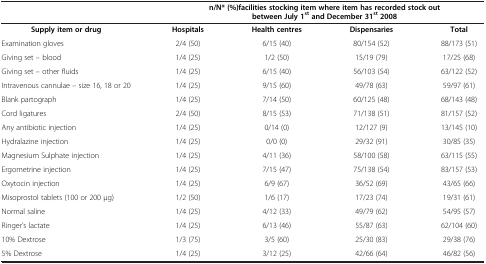
<table><thead><tr><td><b> </b></td><td colspan="4"><b>n/N* (%)facilities stocking item where item has recorded stock out between July 1<sup>st </sup>and December 31<sup>st </sup>2008</b></td></tr></thead><tbody><tr><td><b>Supply item or drug</b></td><td><b>Hospitals</b></td><td><b>Health centres</b></td><td><b>Dispensaries</b></td><td><b>Total</b></td></tr><tr><td>Examination gloves</td><td>2/4 (50)</td><td>6/15 (40)</td><td>80/154 (52)</td><td>88/173 (51)</td></tr><tr><td>Giving set – blood</td><td>1/4 (25)</td><td>1/2 (50)</td><td>15/19 (79)</td><td>17/25 (68)</td></tr><tr><td>Giving set – other fluids</td><td>1/4 (25)</td><td>6/15 (40)</td><td>56/103 (54)</td><td>63/122 (52)</td></tr><tr><td>Intravenous cannulae – size 16, 18 or 20</td><td>1/4 (25)</td><td>9/15 (60)</td><td>49/78 (63)</td><td>59/97 (61)</td></tr><tr><td>Blank partograph</td><td>1/4 (25)</td><td>7/14 (50)</td><td>60/125 (48)</td><td>68/143 (48)</td></tr><tr><td>Cord ligatures</td><td>2/4 (50)</td><td>8/15 (53)</td><td>71/138 (51)</td><td>81/157 (52)</td></tr><tr><td>Any antibiotic injection</td><td>1/4 (25)</td><td>0/14 (0)</td><td>12/127 (9)</td><td>13/145 (10)</td></tr><tr><td>Hydralazine injection</td><td>1/4 (25)</td><td>0/0 (0)</td><td>29/32 (91)</td><td>30/85 (35)</td></tr><tr><td>Magnesium Sulphate injection</td><td>1/4 (25)</td><td>4/11 (36)</td><td>58/100 (58)</td><td>63/115 (55)</td></tr><tr><td>Ergometrine injection</td><td>1/4 (25)</td><td>7/15 (47)</td><td>75/138 (54)</td><td>83/157 (53)</td></tr><tr><td>Oxytocin injection</td><td>1/4 (25)</td><td>6/9 (67)</td><td>36/52 (69)</td><td>43/65 (66)</td></tr><tr><td>Misoprostol tablets (100 or 200 μg)</td><td>1/2 (50)</td><td>1/6 (17)</td><td>17/23 (74)</td><td>19/31 (61)</td></tr><tr><td>Normal saline</td><td>1/4 (25)</td><td>4/12 (33)</td><td>49/79 (62)</td><td>54/95 (57)</td></tr><tr><td>Ringer’s lactate</td><td>1/4 (25)</td><td>6/13 (46)</td><td>55/87 (63)</td><td>62/104 (60)</td></tr><tr><td>10% Dextrose</td><td>1/3 (75)</td><td>3/5 (60)</td><td>25/30 (83)</td><td>29/38 (76)</td></tr><tr><td>5% Dextrose</td><td>1/4 (25)</td><td>3/12 (25)</td><td>42/66 (64)</td><td>46/82 (56)</td></tr></tbody></table>